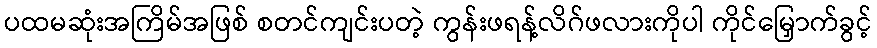
ပထမဆုံးအကြိမ်အဖြစ် စတင်ကျင်းပတဲ့ ကွန်းဖရန့်လိဂ်ဖလားကိုပါ ကိုင်မြှောက်ခွင့်